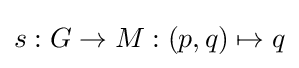
s:G\to M:(p,q)\mapsto q